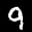
Label: 9